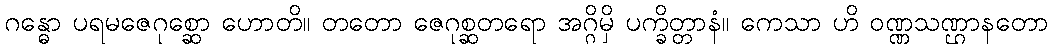
ဂန္ဓော ပရမဇေဂုစ္ဆော ဟောတိ။ တတော ဇေဂုစ္ဆတရော အဂ္ဂိမှိ ပက္ခိတ္တာနံ။ ကေသာ ဟိ ဝဏ္ဏသဏ္ဌာနတော